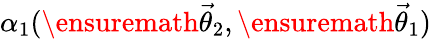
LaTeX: \alpha_{1}(\ensuremath{\vec{\theta}}_{2},\ensuremath{\vec{\theta}}_{1})